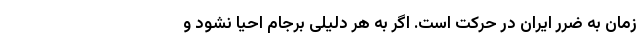
زمان به ضرر ایران در حرکت است. اگر به هر دلیلی برجام احیا نشود و